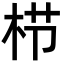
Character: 栉